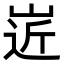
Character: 𡹢